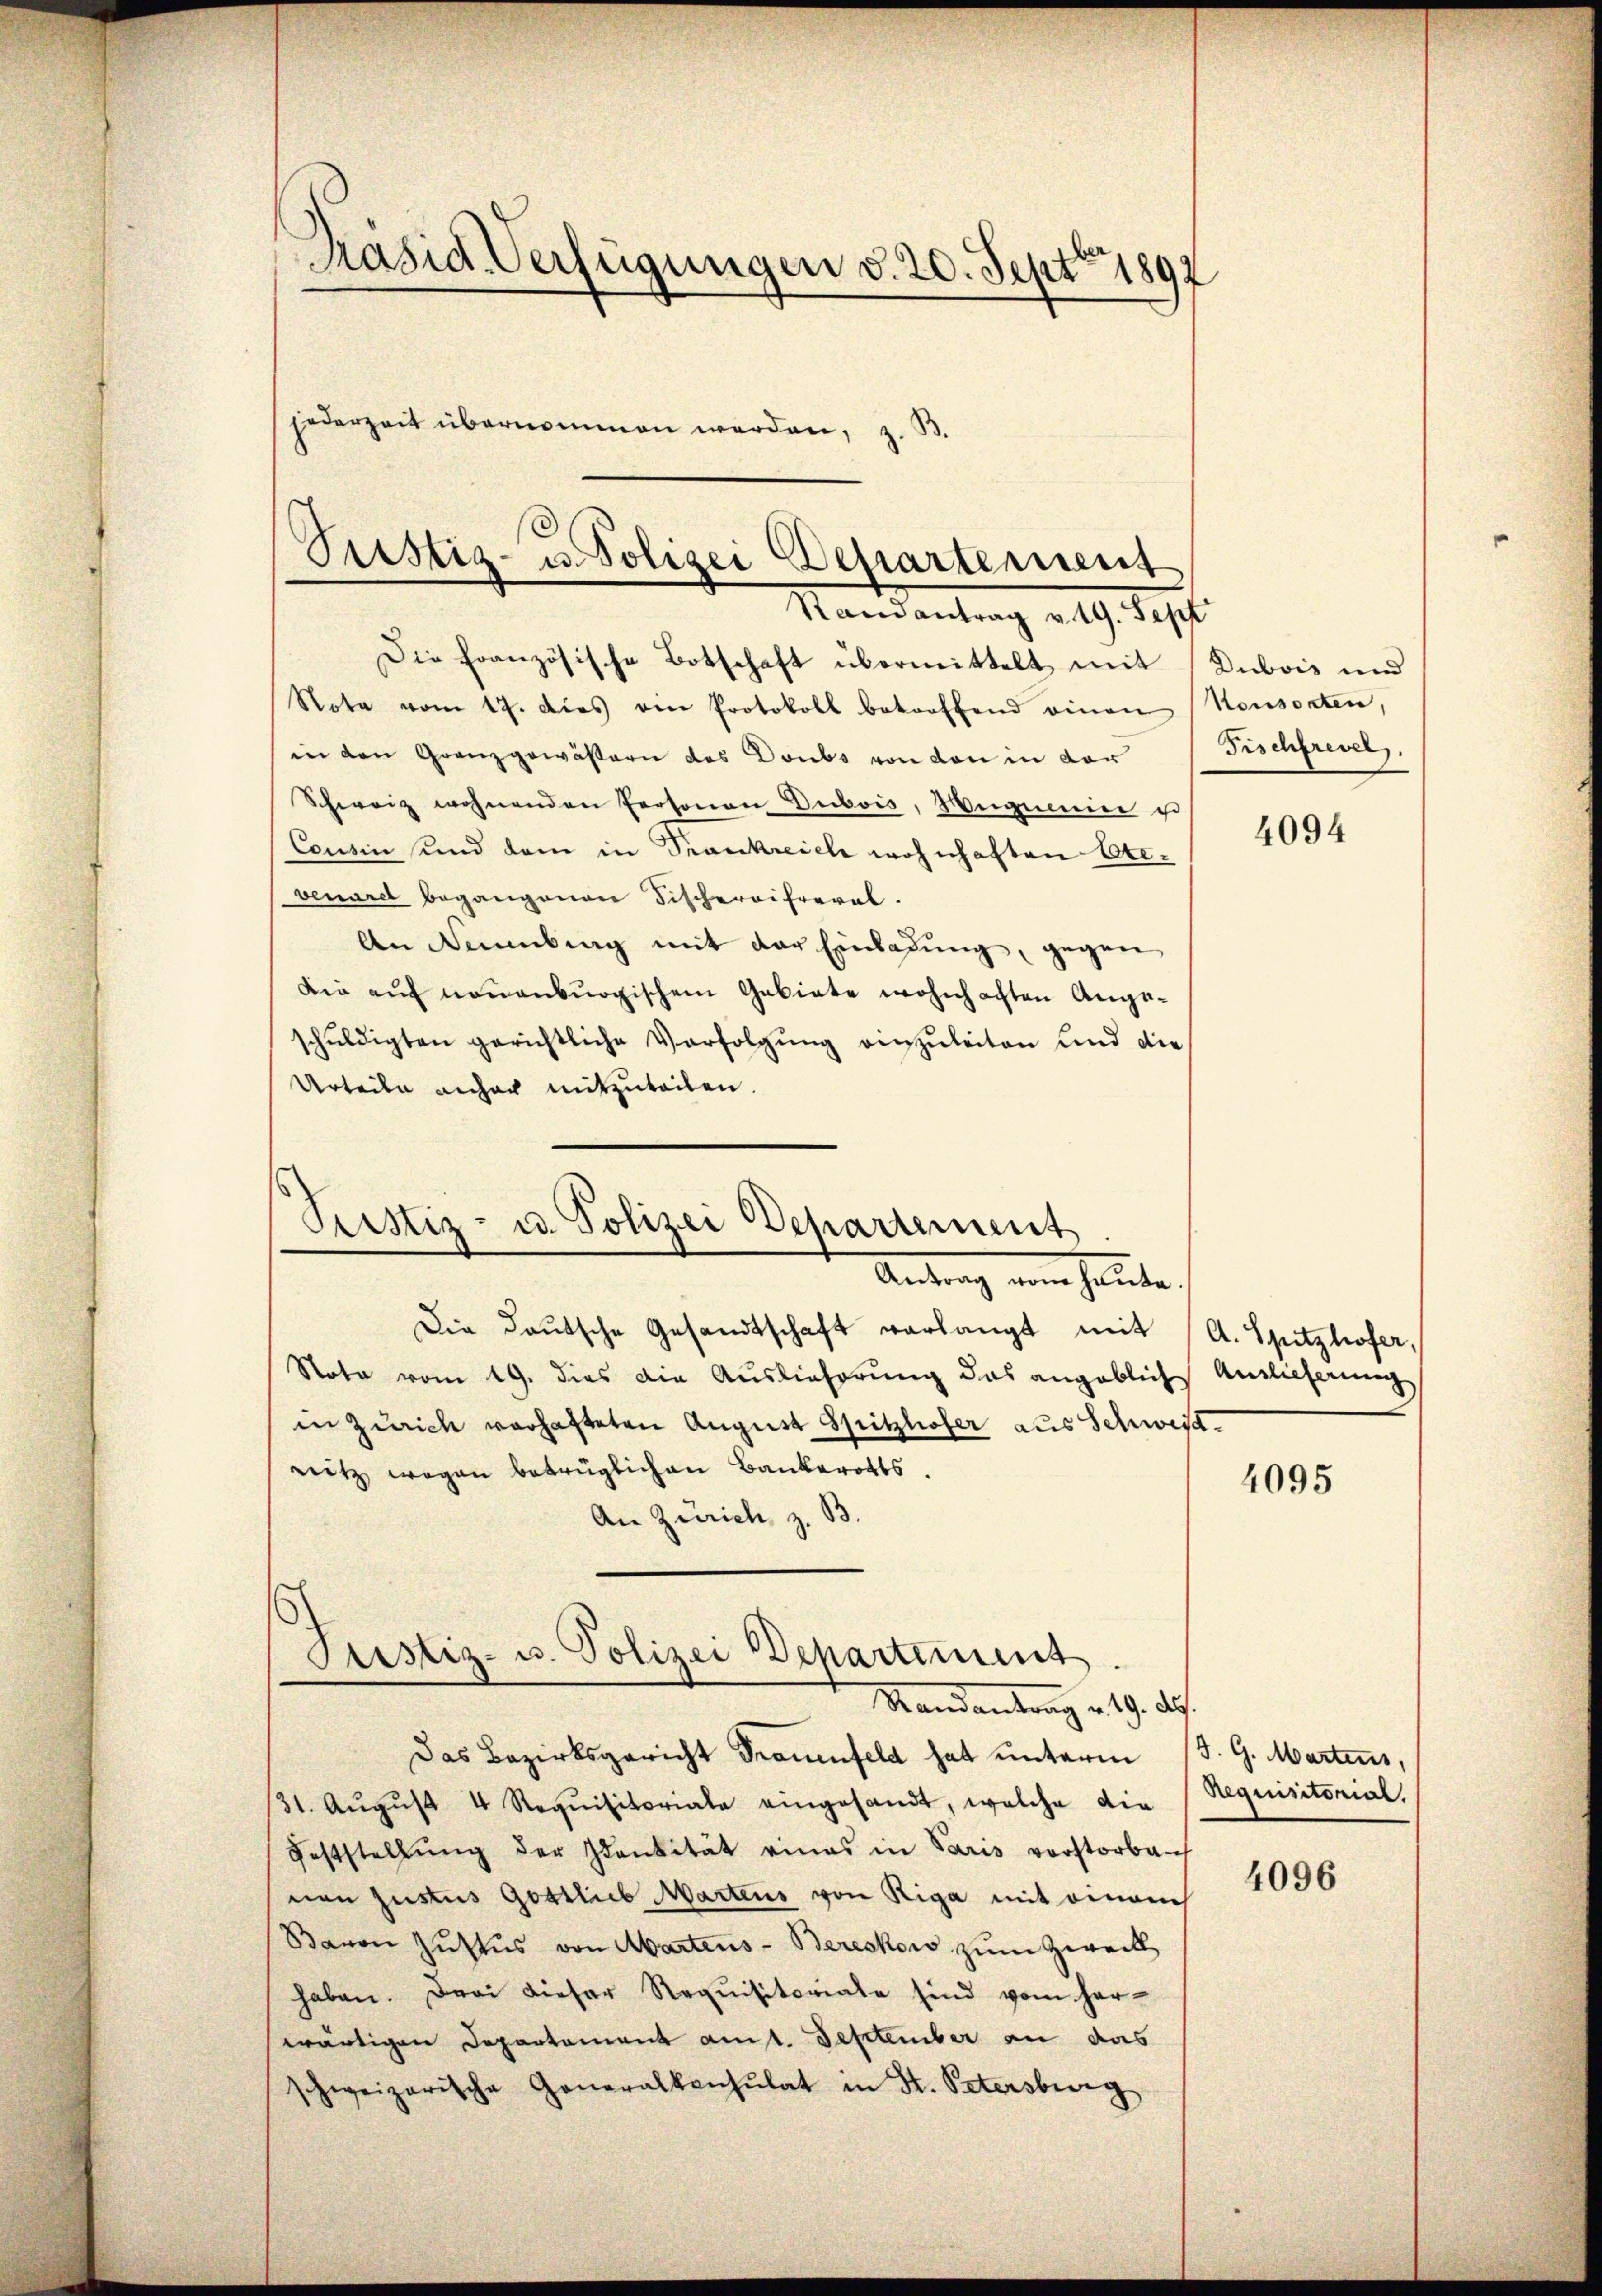
Präsid Verfügungen v. 20. Sept 1892
jederzeit übernommen werden, z.

Pustiz- u. Polizei Departement
Randantrag v. 19. Sept
Die Französische Botschaft übermittelt mit Dubois und

Note vom 17. dies von Protokoll betreffend einen Konsorten,
in den Granzgewässern des Doubs von den in der
Schweiz wohnenden Personen Dubois, Wegereier es
Cousin und dem in Trankreich wohnhaften Exe-
venare begangenen Fischeroifrevel.
An Neuburg mit der Einladung, gegen
Die auf neuenburgischem Gebiete wohnhaften Angeschuldigten gerichtliche Verfolgung einzuleiten und die
Urteile anhac mitzuteilen.
Die deutsche Gesandtschaft verlangt mit A. Spitzhofer,
Noto vom 19. dies die Auslieferung das angeblich Auslieferung
in Zürich verhafteten August Spitzloser aus Schweiz.
nitz wegen betrüglichen Bankerotts.
An Zürich z. B.
Justiz- u. Polizei Departement
Mandantrag v. 9. d.
Das Bezirksgericht Trauenfeld hat unterm 13. G. Martens,
31. Aŭgŭst 4 Requisitoriale eingesandt, welche die Requisitorial,
Feststellung der Identität eines in Paris vorstorbeh
nen justus Gottlieb Martens von Riga mit einem
Baron Zŭstus von Abartens-Bereckow zum Zweck
haben. Der dieser Requisitoriale sind vom her-
wärtigen Departement amit. September an das
schweizerische Generalkonsulat in St. Petersburg

Justiz- u. Polizei Departement.
Antrag vom heute,

Fischfrevel

4094

4095

4096